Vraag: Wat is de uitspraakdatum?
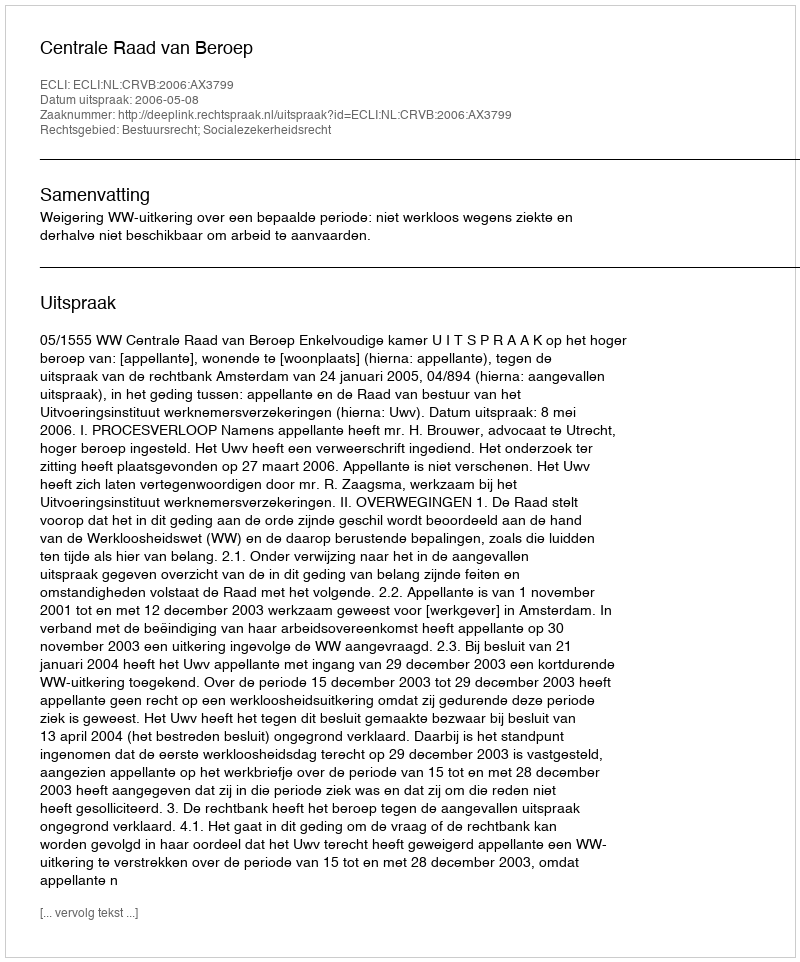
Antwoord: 2006-05-08